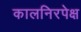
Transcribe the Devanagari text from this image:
कालनिरपेक्ष